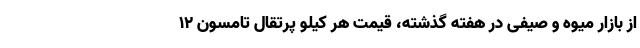
از بازار میوه و صیفی در هفته گذشته، قیمت هر کیلو پرتقال تامسون ۱۲